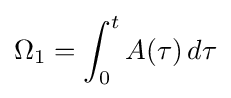
\Omega _{1}=\int _{0}^{t}A(\tau )\,d\tau